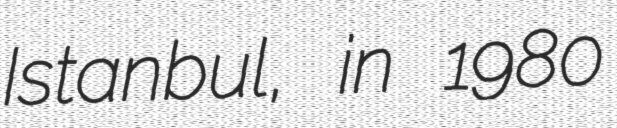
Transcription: Istanbul, in 1980